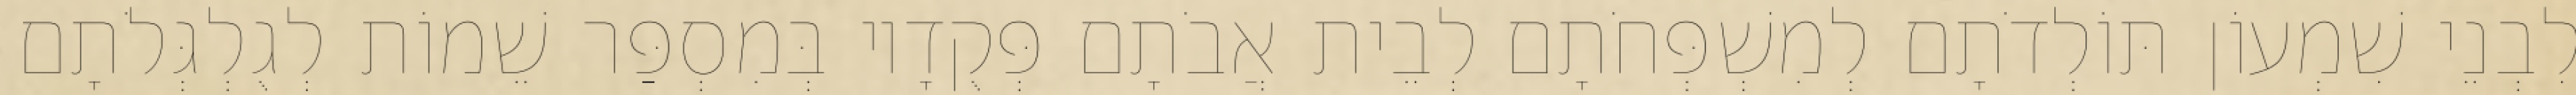
לִבְנֵי שִׁמְעוֹן תּוֹלְדֹתָם לְמִשְׁפְּחֹתָם לְבֵית אֲבֹתָם פְּקֻדָיו בְּמִסְפַּר שֵׁמוֹת לְגֻלְגְּלֹתָם